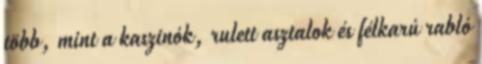
több, mint a kaszinók, rulett asztalok és félkarú rabló